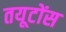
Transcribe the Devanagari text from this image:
तयूटोंस